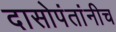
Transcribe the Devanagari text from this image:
दासोपंतांनीच